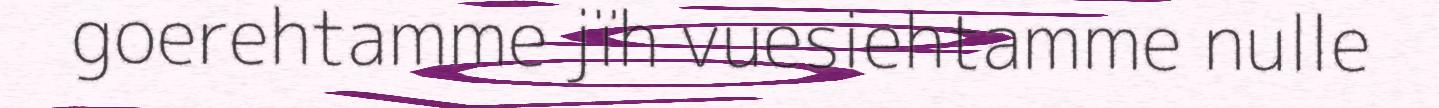
goerehtamme jïh vuesiehtamme nulle